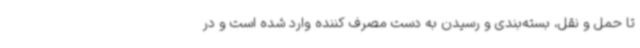
تا حمل و نقل، بسته‌بندی و رسیدن به دست مصرف کننده وارد شده است و در